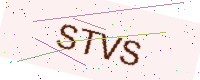
Text: STVS